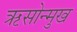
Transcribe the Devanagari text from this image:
ऋसोन्मुख